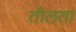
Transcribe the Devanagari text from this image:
तौलता